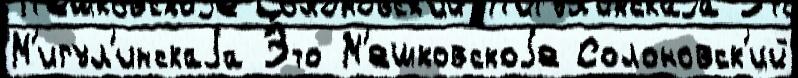
М'игул'инскаjа Э́то М'ешковскоjе Солоновск'ий